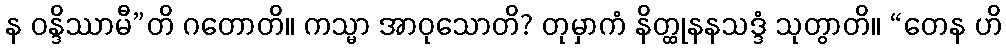
န ဝန္ဒိဿာမီ”တိ ဂတောတိ။ ကသ္မာ အာဝုသောတိ? တုမှာကံ နိတ္ထုနနသဒ္ဒံ သုတွာတိ။ “တေန ဟိ